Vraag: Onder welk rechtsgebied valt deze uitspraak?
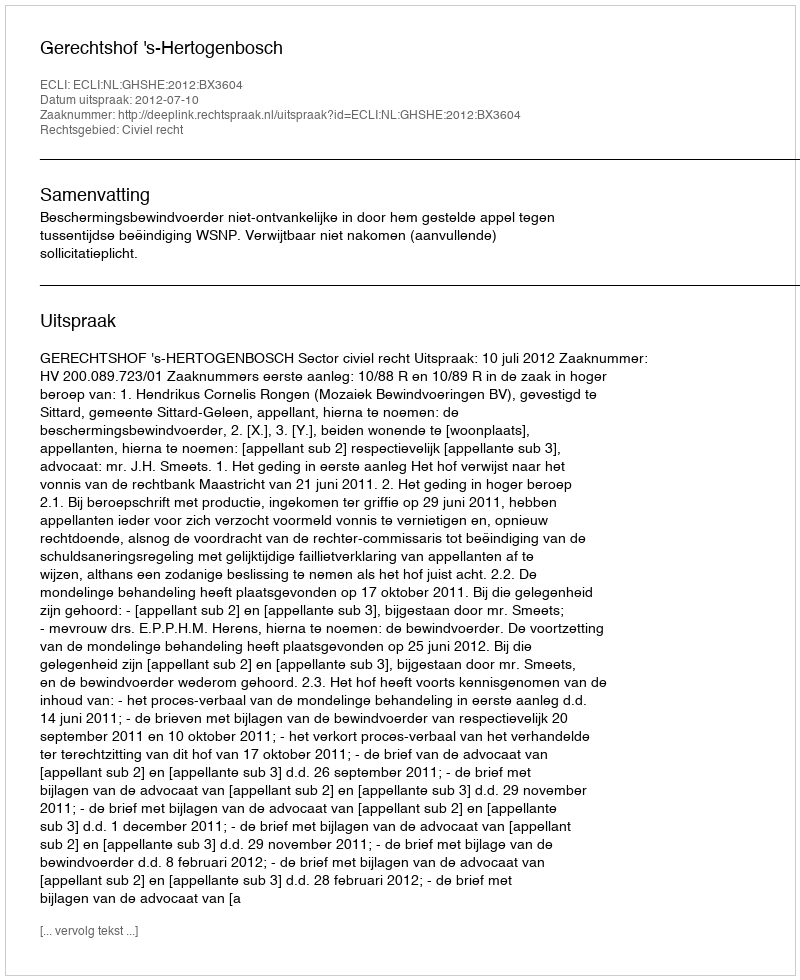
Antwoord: Civiel recht